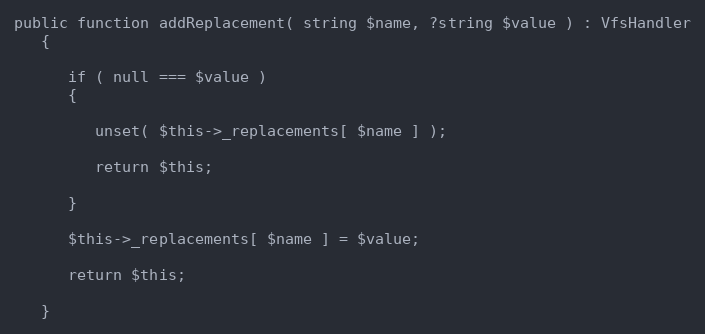
Language: PHP
public function addReplacement( string $name, ?string $value ) : VfsHandler
   {

      if ( null === $value )
      {

         unset( $this->_replacements[ $name ] );

         return $this;

      }

      $this->_replacements[ $name ] = $value;

      return $this;

   }